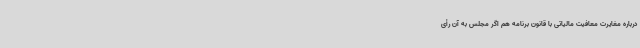
درباره مغایرت معافیت مالیاتی با قانون برنامه هم اگر مجلس به آن رأی